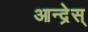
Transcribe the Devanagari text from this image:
आन्द्रेस्